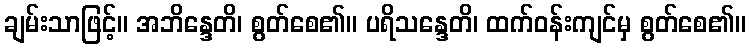
ချမ်းသာဖြင့်။ အဘိန္ဒေတိ၊ စွတ်စေ၏။ ပရိသန္ဒေတိ၊ ထက်ဝန်းကျင်မှ စွတ်စေ၏။